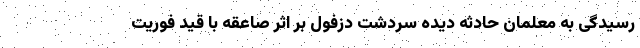
رسیدگی به معلمان حادثه دیده سردشت دزفول بر اثر صاعقه با قید فوریت